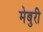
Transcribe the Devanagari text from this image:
मेबुरी